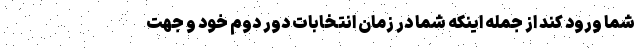
شما ورود کند از جمله اینکه شما در زمان انتخابات دور دوم خود و جهت